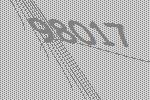
98017